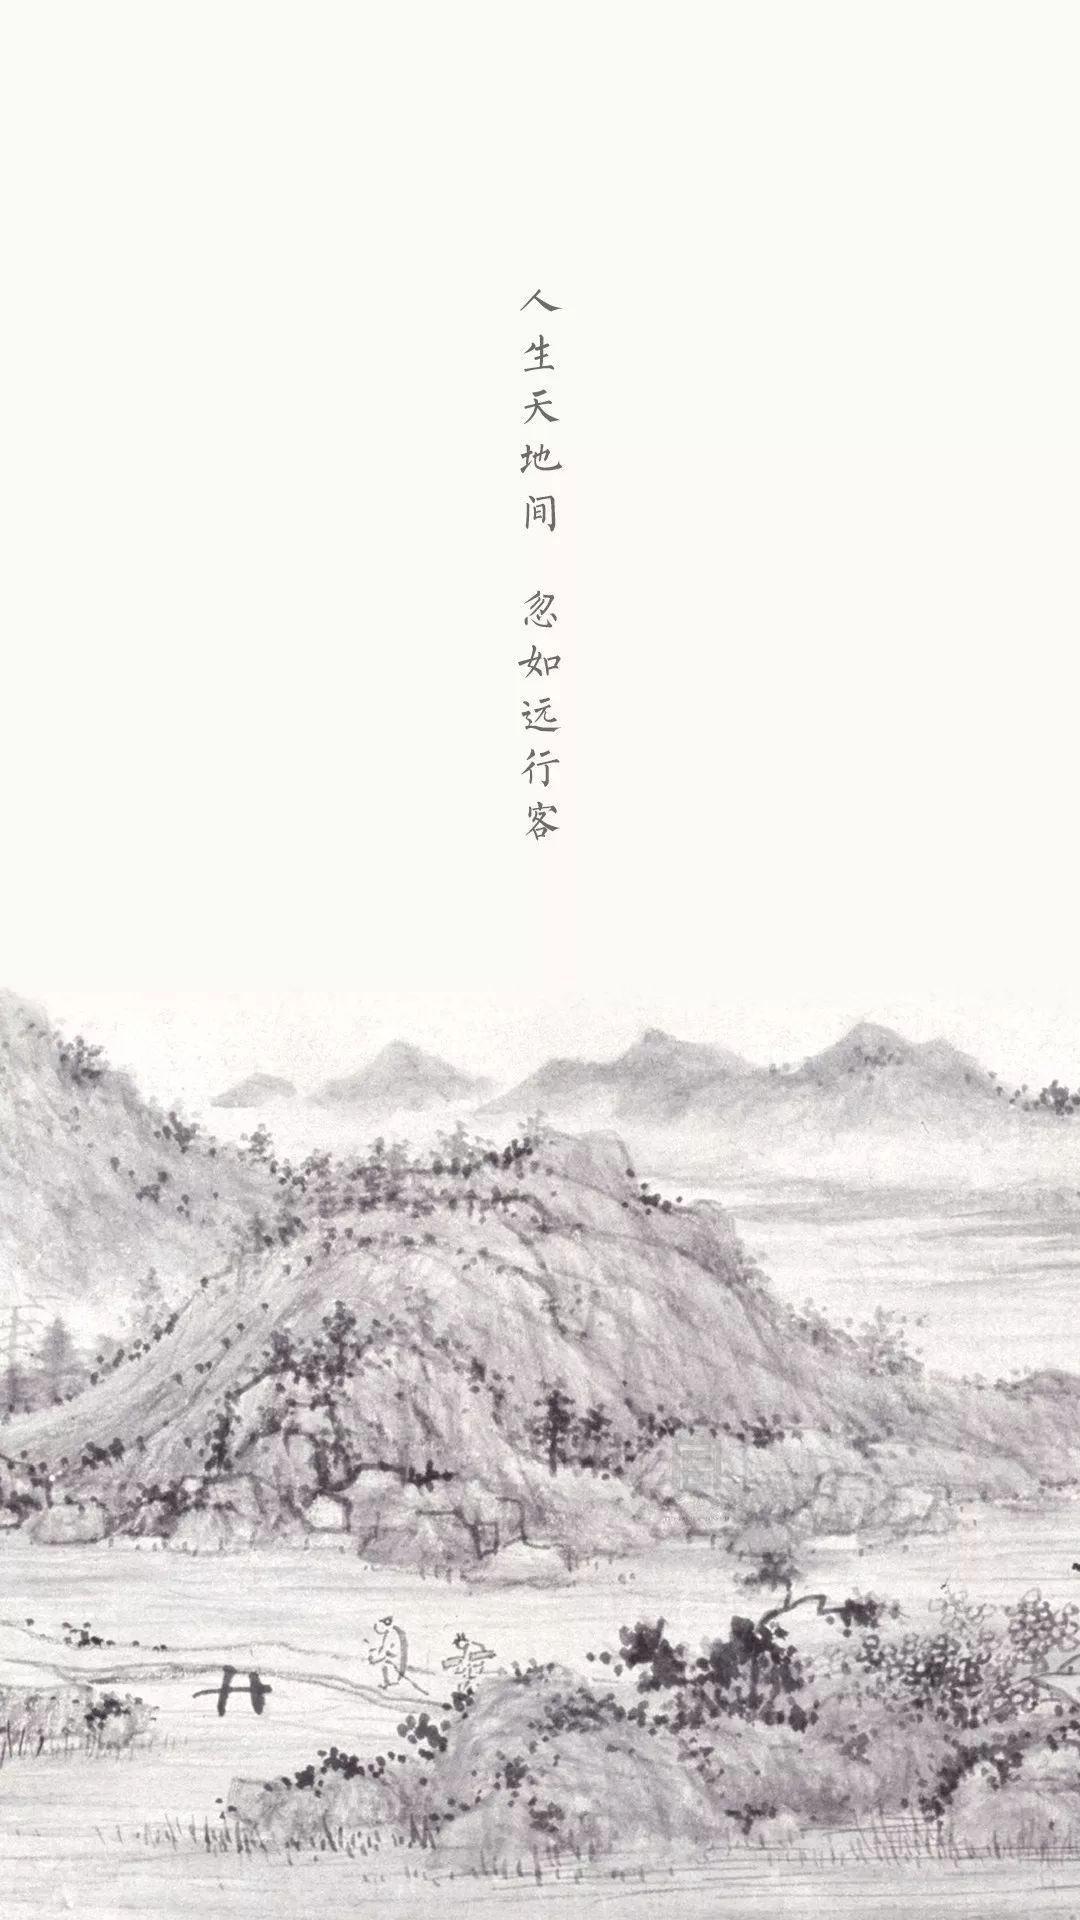
人生天地间，忽如远行客。